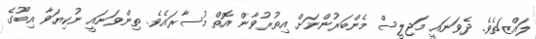
ލައްޒަތެވެ. ދެވަނައީ މަޖިލީސް މެންބަރުންނަށް އިތުރުވާން އޮތް މުސާރައެވެ. ތިންވަނައީ ނުކިޔަވާ އިބޫގެ